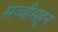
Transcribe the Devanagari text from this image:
सव्वीसहून